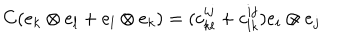
LaTeX: C ( e _ { k } \otimes e _ { l } + e _ { l } \otimes e _ { k } ) = ( c _ { k l } ^ { i j } + c _ { l k } ^ { i j } ) e _ { i } \otimes e _ { j }